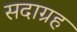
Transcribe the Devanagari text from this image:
सदाग्रह